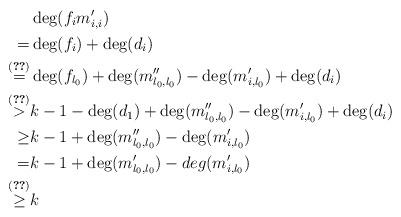
LaTeX: \begin{align*} &\deg(f_i m'_{i,i})\\=&\deg(f_i)+\deg(d_i)\\\overset{(\ref{identity0})}{=}&\deg(f_{l_0})+\deg(m''_{l_0,l_0})-\deg(m'_{i,l_0})+\deg(d_i)\\\overset{(\ref{identity2})}{>}&k-1-\deg(d_1)+\deg(m''_{l_0,l_0})-\deg(m'_{i,l_0})+\deg(d_i)\\\geq& k-1+\deg(m''_{l_0,l_0})-\deg(m'_{i,l_0})\\=&k-1+\deg(m'_{l_0,l_0})-deg(m'_{i,l_0})\\\overset{(\ref{identity1})}{\geq }&k\end{align*}